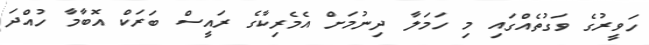
ހަވީރުގެ ވަގުތެއްގައި މި ހަމަލާ ދިނުމަށް އެމެރިކާގެ ރައީސް ބަރަކް އޮބާމާ ހުއްދަ